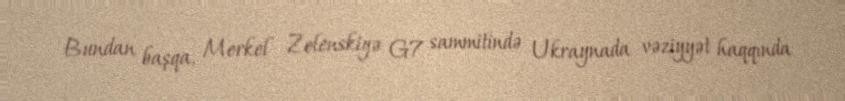
Bundan başqa, Merkel Zelenskiyə G7 sammitində Ukraynada vəziyyət haqqında